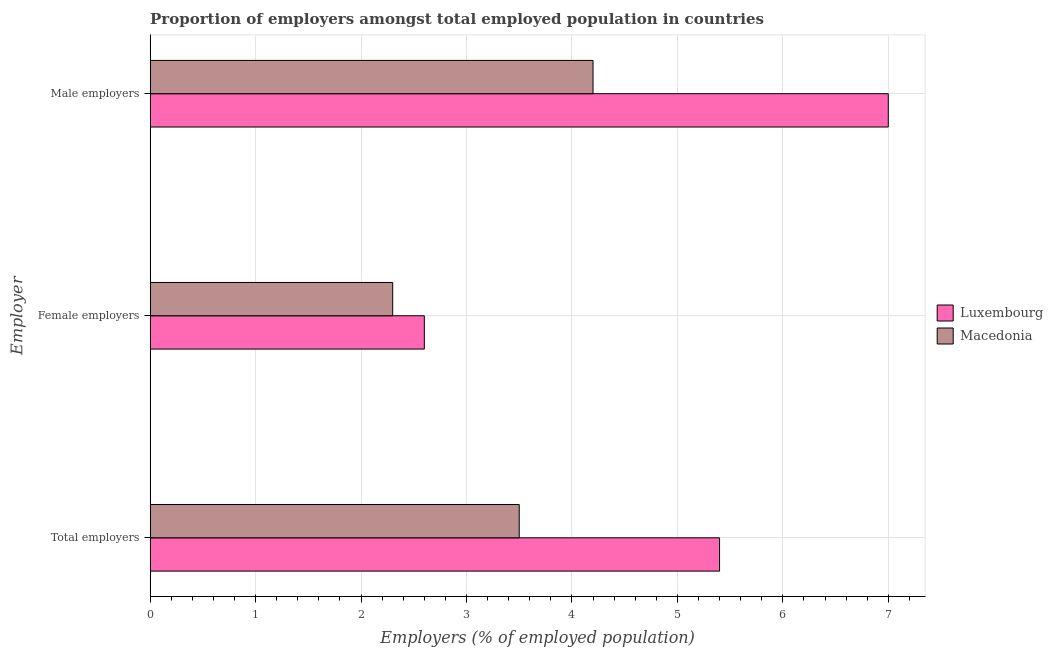
| Employer | Luxembourg | Macedonia |
 | --- | --- | --- |
 | Total employers | 5.4 | 3.5 |
 | Female employers | 2.6 | 2.3 |
 | Male employers | 7 | 4.2 |